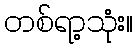
တစ်ရာ့သုံး။